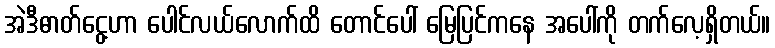
အဲဒီဓာတ်ငွေ့ဟာ ပေါင်လယ်လောက်ထိ တောင်ပေါ် မြေပြင်ကနေ အပေါ်ကို တက်လေ့ရှိတယ်။